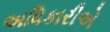
અધિકારીએ